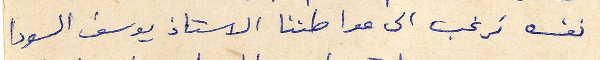
نفسه نرغب الى مواطننا الاستاذ يوسف السودا